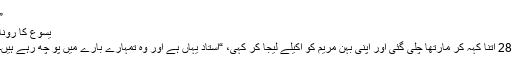
”
یسوع کا رونا
28 اتنا کہہ کر مارتھا چلی گئی اور اپنی بہن مریم کو اکیلے لیجا کر کہی، “استاد یہاں ہے اور وہ تمہارے بارے میں پو چھ رہے ہیں۔